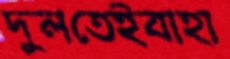
দুলতেইবাহা